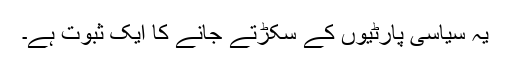
یہ سیاسی پارٹیوں کے سکڑتے جانے کا ایک ثبوت ہے۔